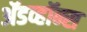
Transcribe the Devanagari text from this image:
ॲडव्हॉन्स